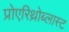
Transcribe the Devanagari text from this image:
प्रोएरिथ्रोब्लास्ट